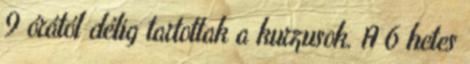
9 órától délig tartottak a kurzusok. A 6 hetes